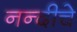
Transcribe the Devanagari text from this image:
नन्दीचे